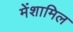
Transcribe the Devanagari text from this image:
मेंशामिल